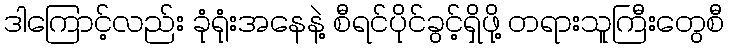
ဒါကြောင့်လည်း ခုံရုံးအနေနဲ့ စီရင်ပိုင်ခွင့်ရှိဖို့ တရားသူကြီးတွေစီ